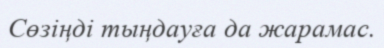
Сөзіңді тыңдауға да жарамас.